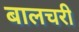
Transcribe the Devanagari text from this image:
बालचरी